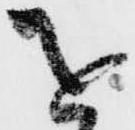
を